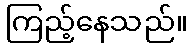
ကြည့်နေသည်။